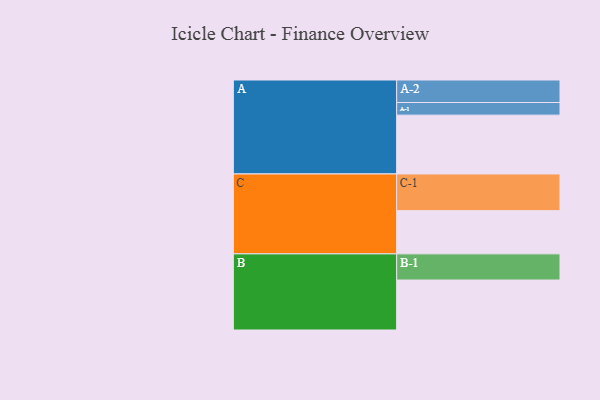
{"axis": {"x": "Segment", "y": "Value"}, "legend": ["", "A", "B", "C"], "data": [{"x": "A", "y": 452, "type": ""}, {"x": "B", "y": 384, "type": ""}, {"x": "C", "y": 332, "type": ""}, {"x": "A-1", "y": 97, "type": "A"}, {"x": "A-2", "y": 173, "type": "A"}, {"x": "B-1", "y": 201, "type": "B"}, {"x": "C-1", "y": 282, "type": "C"}]}